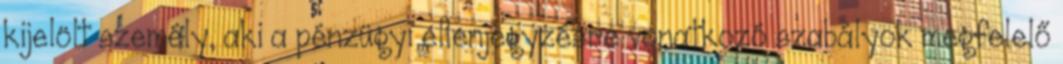
kijelölt személy, aki a pénzügyi ellenjegyzésre vonatkozó szabályok megfelelő